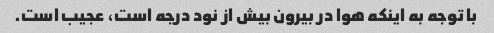
با توجه به اینکه هوا در بیرون بیش از نود درجه است، عجیب است.